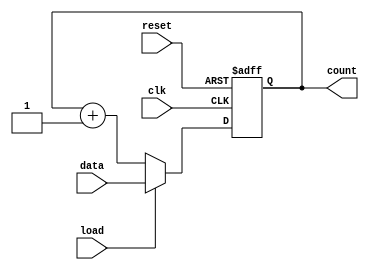
module LoadableCounter(
    input wire clk,           // Clock input
    input wire reset,        // Reset input
    input wire load,         // Load control signal
    input wire [7:0] data,   // Data input to load into the counter
    output reg [7:0] count    // Current counter value output
);

// Sequential logic for the counter operation
always @(posedge clk or posedge reset) begin
    if (reset) begin
        count <= 8'b00000000; // Reset the counter to zero
    end else if (load) begin
        count <= data;        // Load the specified value into the counter
    end else begin
        count <= count + 1;   // Increment the counter value by one
    end
end

endmodule